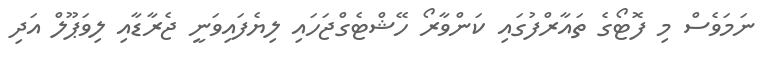
ނަމަވެސް މި ފޮޓޯގެ ތައާރްފުގައި ކަންވާރޯ ހޭޝްޓެގްޖަހައި ލިޔެފައިވަނީ ޖެރާޑާއި ލިވަޕޫލް އަދި